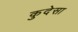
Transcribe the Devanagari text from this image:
कुदेसा